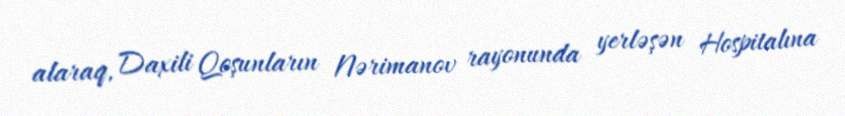
alaraq, Daxili Qoşunların Nərimanov rayonunda yerləşən Hospitalına